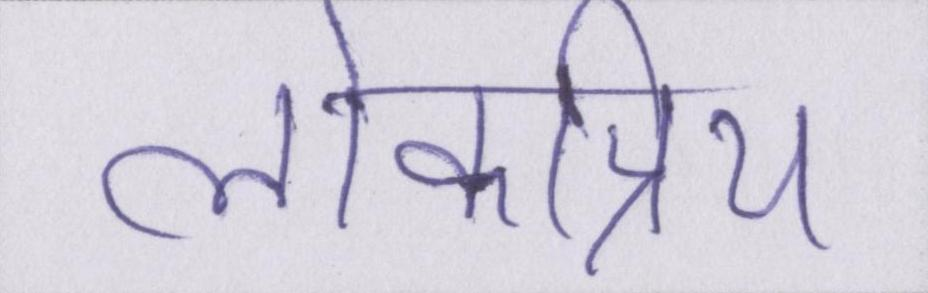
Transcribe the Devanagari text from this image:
लोकप्रिय